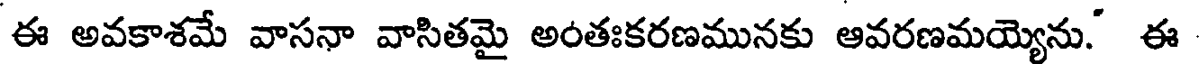
ఈ అవకాశమే వాసనా వాసితమై అంతఃకరణమునకు ఆవరణమయ్యెను." ఈ